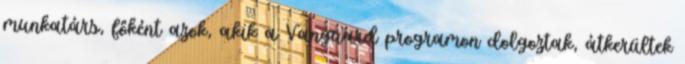
munkatárs, főként azok, akik a Vanguard programon dolgoztak, átkerültek